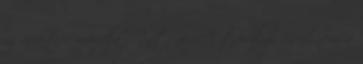
az árait - mondja Antoni. A tavalyi, csaknem a